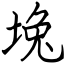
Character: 堍